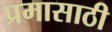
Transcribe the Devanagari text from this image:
प्रमासाठी